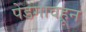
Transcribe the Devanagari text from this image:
पेडगावहून